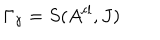
LaTeX: \Gamma _ { \gamma } = S ( A ^ { \mathrm { c l } } , J ) \;